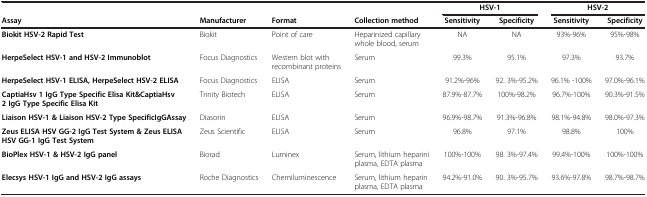
|  |  |  |  | <COLSPAN=2> HSV-1 | <COLSPAN=2> HSV-2 |
 | Assay | Manufacturer | Format | Collection method | Sensitivity | Specificity | Sensitivity | Specificity |
 | --- | --- | --- | --- | --- | --- | --- | --- |
 | Biokit HSV-2 Rapid Test | Biokit | Point of care | Heparinized capillary whole blood, serum | NA | NA | 93%-96% | 95%-98% |
 | HerpeSelect HSV-1 and HSV-2 Immunoblot | Focus Diagnostics | Western blot with recombinant proteins | Serum | 99.3% | 95.1% | 97.3% | 93.7% |
 | HerpeSelect HSV-1 ELISA, HerpeSelect HSV-2 ELISA | Focus Diagnostics | ELISA | Serum | 91.2%-96% | 92. 3%-95.2% | 96.1% -100% | 97.0%-96.1% |
 | CaptiaHsv 1 IgG Type Specific Elisa Kit&CaptiaHsv 2 IgG Type Specific Elisa Kit | Trinity Biotech | ELISA | Serum | 87.9%-87.7% | 100%-98.2% | 96.7%-100% | 90.3%-91.5% |
 | Liaison HSV-1 & Liaison HSV-2 Type SpecificIgGAssay | Diasorin | ELISA | Serum | 96.9%-98.7% | 91.3%-96.8% | 98.1%-94.8% | 98.0%-97.3% |
 | Zeus ELISA HSV GG-2 IgG Test System & Zeus ELISA HSV GG-1 IgG Test System | Zeus Scientific | ELISA | Serum | 96.8% | 97.1% | 98.8% | 100% |
 | BioPlex HSV-1 & HSV-2 IgG panel | Biorad | Luminex | Serum, lithium heparini plasma, EDTA plasma | 100%-100% | 98. 3%-97.4% | 99.4%-100% | 100%-100% |
 | Elecsys HSV-1 IgG and HSV-2 IgG assays | Roche Diagnostics | Chemiluminescence | Serum, lithium heparin plasma, EDTA plasma | 94.2%-91.0% | 90. 3%-95.7% | 93.6%-97.8% | 98.7%-98.7% |